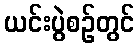
ယင်းပွဲစဉ်တွင်